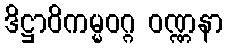
ဒိဋ္ဌာဝိကမ္မဝဂ္ဂ ဝဏ္ဏနာ